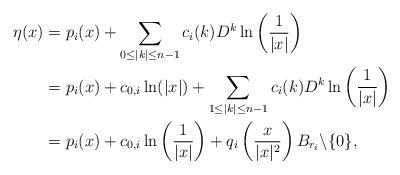
LaTeX: \begin{align*}\eta(x)&=p_i(x)+\sum_{0\leq |k|\leq n-1}c_i(k)D^{k}\ln\left(\frac{1}{|x|}\right)\\&=p_i(x)+c_{0,i} \ln(|x|)+\sum_{1 \leq |k|\leq n-1}c_i(k)D^{k}\ln\left(\frac{1}{|x|}\right)\\&=p_i(x)+c_{0,i} \ln\left(\frac{1}{|x|}\right)+q_i\left(\frac{x}{|x|^2}\right) B_{r_i}\backslash \{0\},\end{align*}